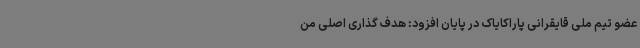
عضو تیم ملی قایقرانی پاراکایاک در پایان افزود: هدف گذاری اصلی من